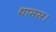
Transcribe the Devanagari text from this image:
थामस।